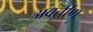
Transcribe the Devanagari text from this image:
अवर्तीण